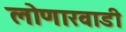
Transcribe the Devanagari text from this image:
लोणारवाडी